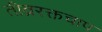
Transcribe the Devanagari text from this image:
तीव्ररक्तचाप